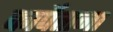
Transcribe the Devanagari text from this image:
कार्पेताना